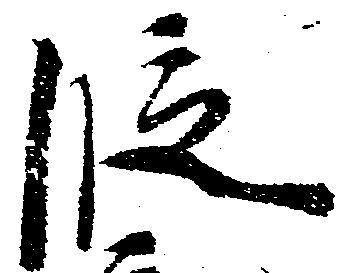
段